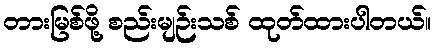
တားမြစ်ဖို့ စည်းမျဉ်းသစ် ထုတ်ထားပါတယ်။